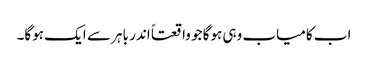
اب کامیاب وہی ہوگا جو واقعتاً اندر باہر سے ایک ہوگا۔